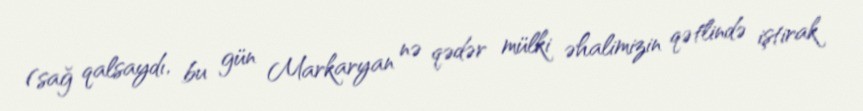
(sağ qalsaydı, bu gün Markaryan nə qədər mülki əhalimizin qətlində iştirak